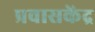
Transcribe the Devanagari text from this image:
प्रवासकेंद्र